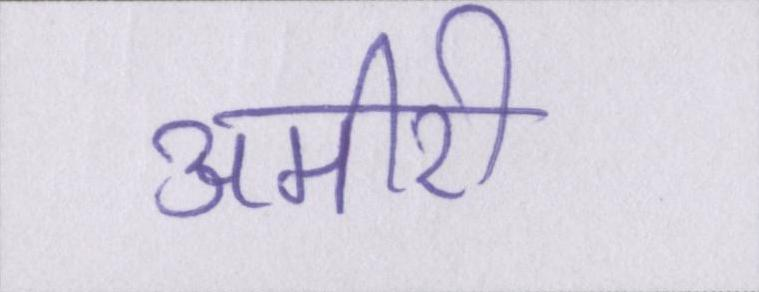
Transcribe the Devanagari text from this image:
अमीरी